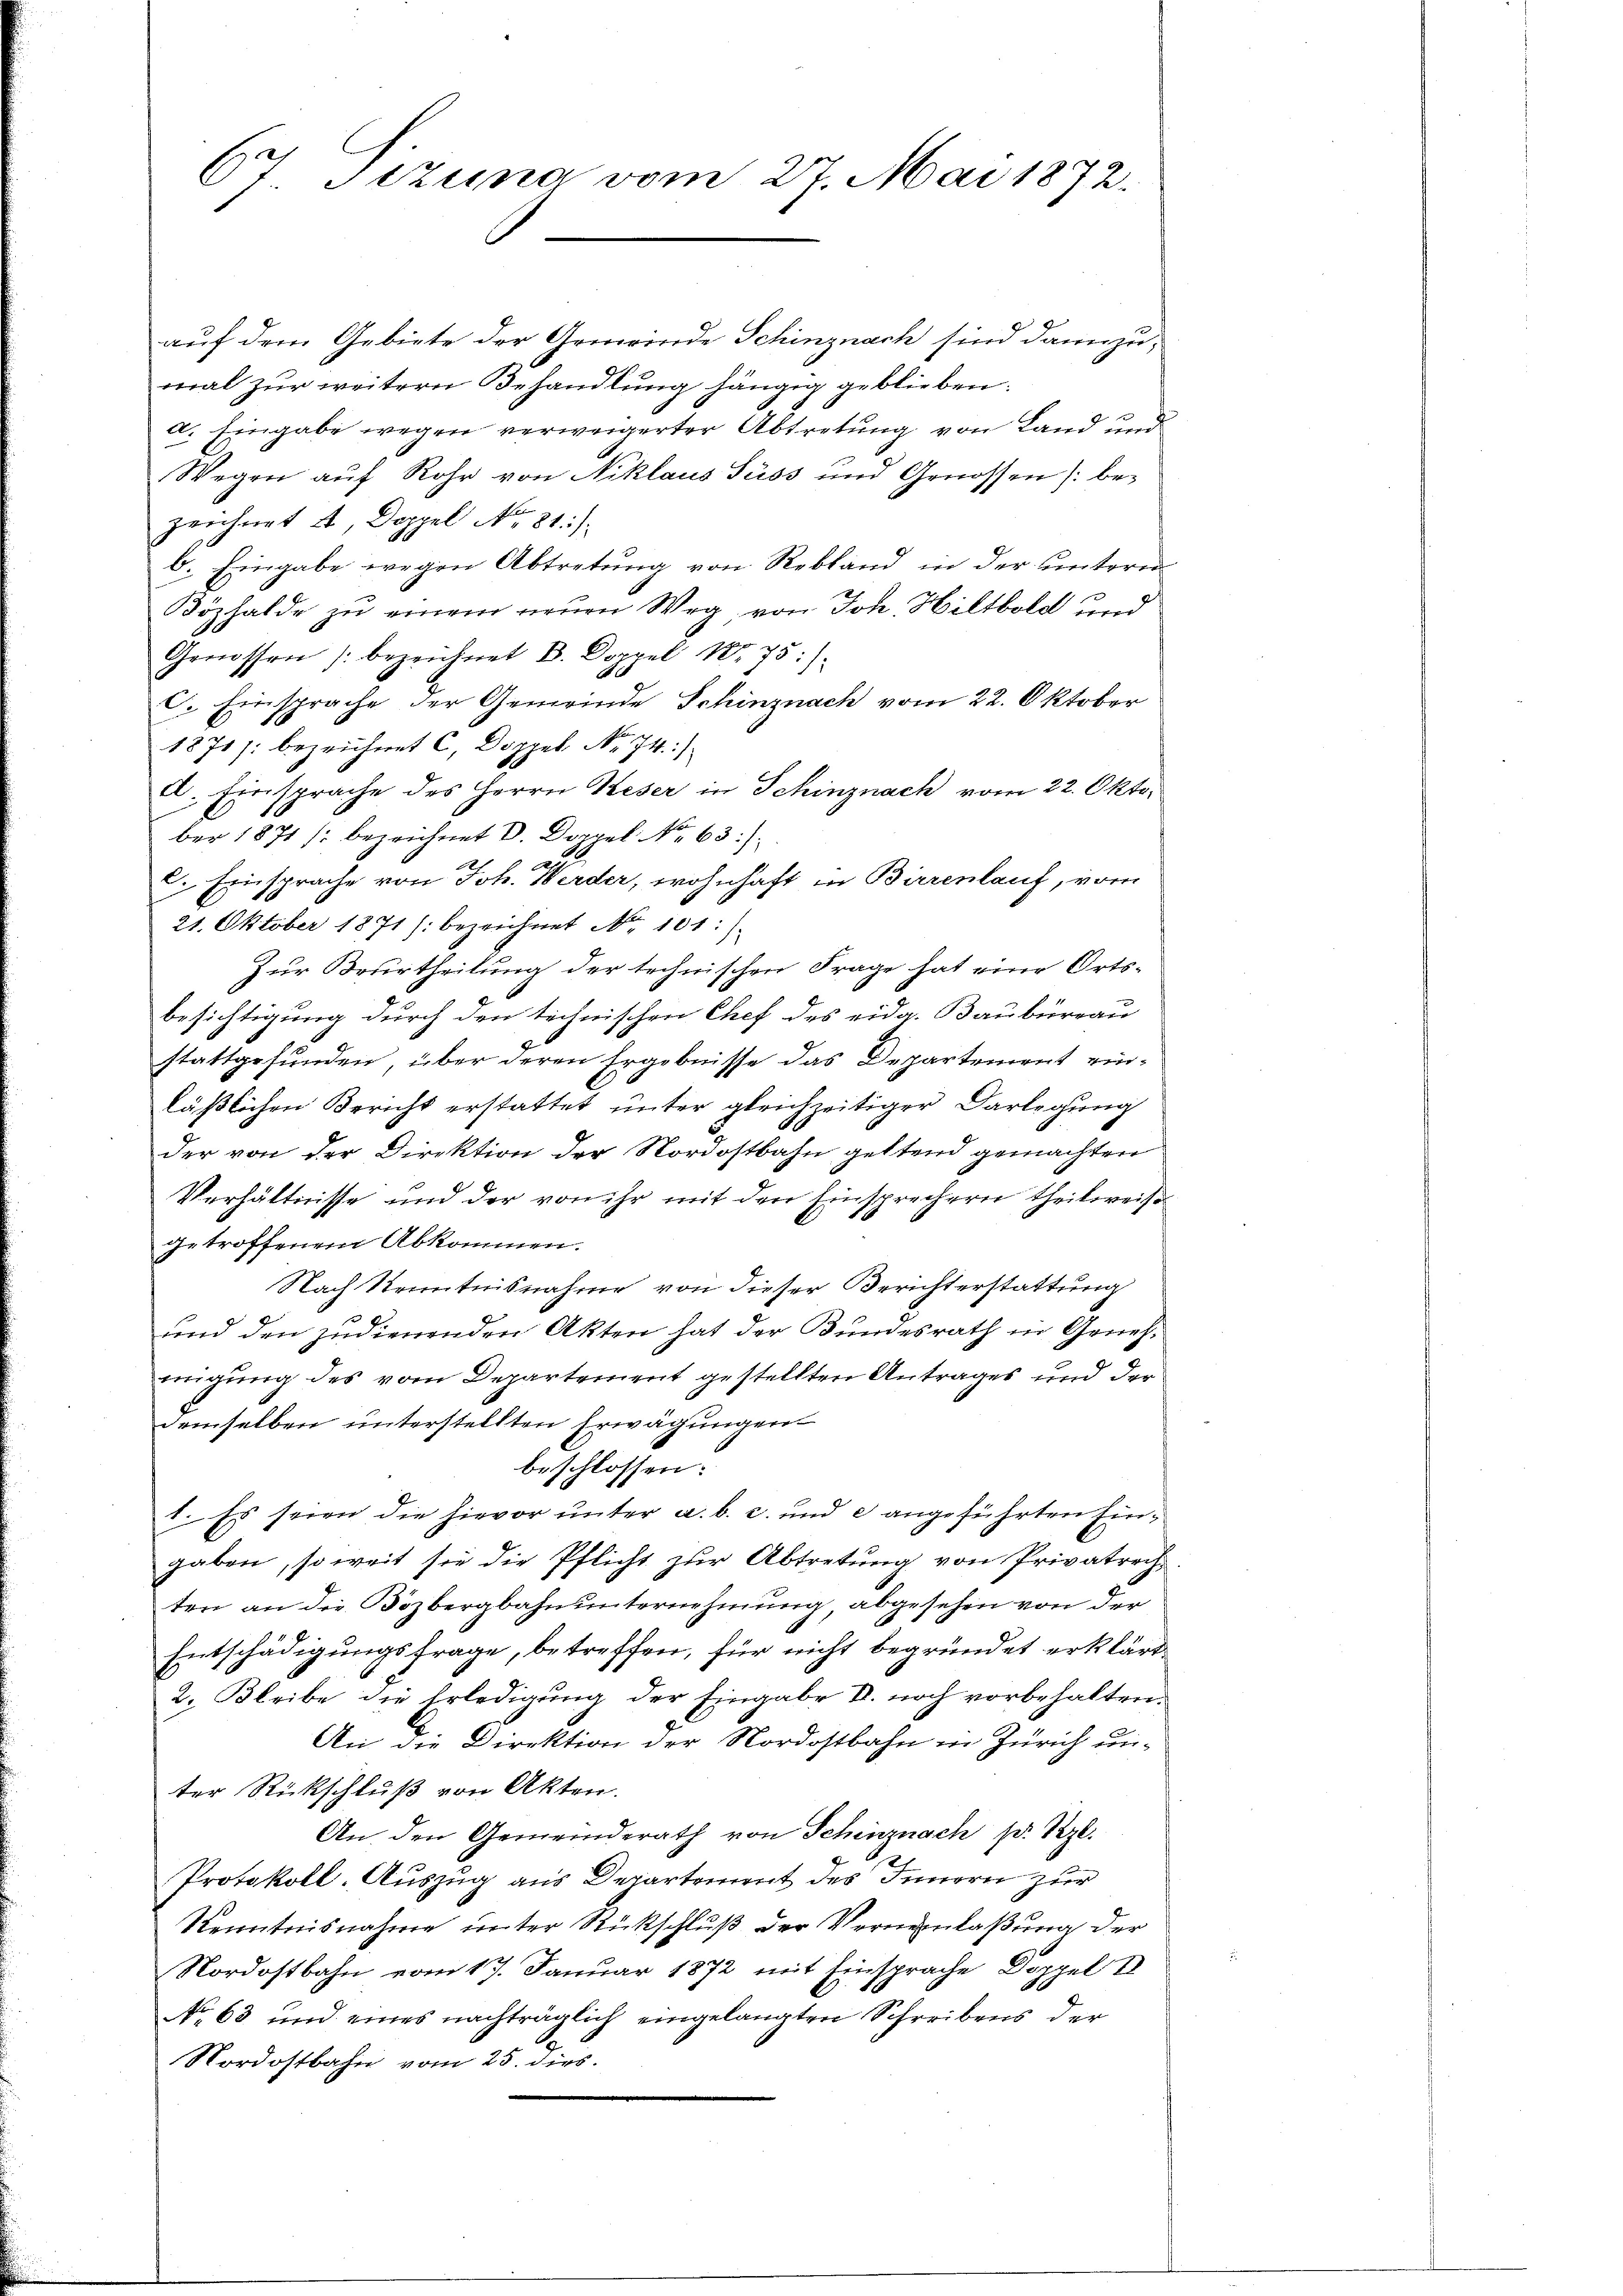
67 Sizung vom 27. Mai 1872.

auf dem Gebiete der Gemeinde Schinznach sind dann zu,
mal zur weitern Behandlung hängig geblieben.
a. Eingabe wegen verweigerter Abtretung von Land und
Wegen aŭf Rohr von Niklaus Süss und Genossen /: be-
zeichnet A, Doppel No 81).
b. Eingabe wegen Abtretung von Rebland in der untern
Köphalde zu einem neuen Weg, von Joh. Hiltbold und
Genossen /:bezeichnet B. Doppel 18. 75:):
c. Einsprache der Gemeinde Schinznach vom 22. Oktober
1871 /: bezeichnet C, Doppel No 74.)
A. Einsprache des Herrn Keser in Schinznach vom 22. Oktober 1871 / bezeichnet V. Doppel No 63)
c. Einsprache von Joh. Werder, wohnhaft in Birrenlauf, vom
21. Oktober 1871 /: bezeichnet No. 101:)
Zur Beurtheilung der technischen Frage hat eine Ortsbesichtigung durch den technischen Chef des eidg. Baubüreau
stattgefunden, über deren Ergebnisse das Departement ein-
läßlichen Bericht erstattet unter gleichzeitiger Darlegung
der von der Direktion der Nordostbahn geltend gemachten
Verhältnisse und der von ihr mit den Einsprechern theilweis
getroffenem Abkommen.
Nach Kenntnisnahme von dieser Berichterstattung
und den zudienenden Akten hat der Bundesrath in Genehmigung des vom Departement gestellten Antrages und der
demselben unterstellten Erwägungen
beschlossen:
1. Es seien die hievor unter a. b. c. und 2 angeführten Eingaben, soweit sie die Pflicht zur Abtretung von Privatrech-
ten an die Bözbergbahnunternehmung, abgesehen von der
Entschädigungsfrage, betreffen, für nicht begründet erklärt.
2. Bleibe die Erledigung der Eingabe II. noch vorbehalten.
An die Direktion der Nordostbahn in Zürich un-
ter Rückschluß von Akten.
An den Gemeinderath von Schinznach P. Rzl.
Protokoll-Auszug aus Departement des Innern zur
Kenntnisnahme unter Rückschluß der Verneinlaßung der
Nordostbahn vom 17. Januar 1872 mit Einsprache Doppel I
No 63 und eines nachträglich eingelangten Schreibens der
Nordostbahn vom 25. dies